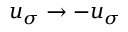
u _ { \sigma } \rightarrow - u _ { \sigma }